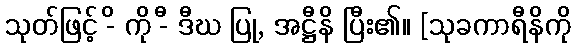
သုတ်ဖြင့် -ိ ကို -ီ ဒီဃ ပြု, အဋ္ဌီနိ ပြီး၏။ [သုခကာရီနိကို